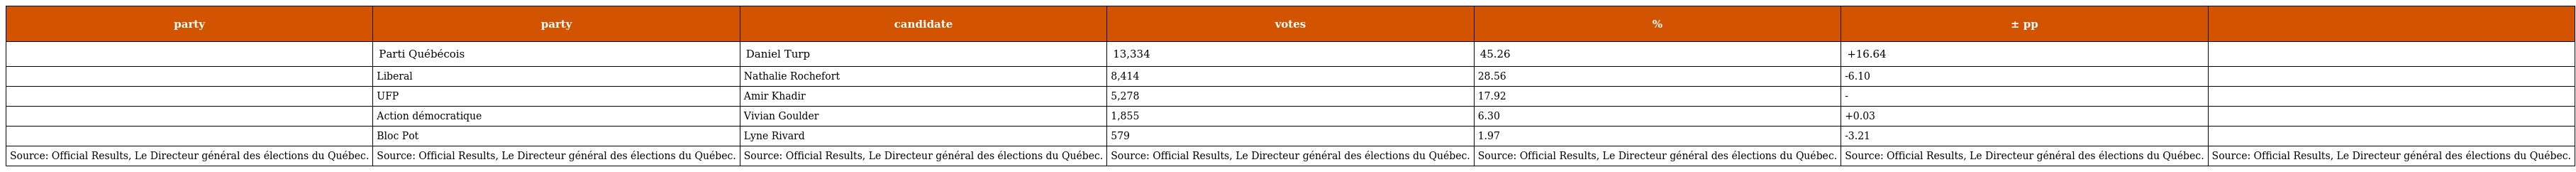
| party | party | candidate | votes | % | ± pp |  |
 | --- | --- | --- | --- | --- | --- | --- |
 |  | Parti Québécois | Daniel Turp | 13,334 | 45.26 | +16.64 |  |
 |  | Liberal | Nathalie Rochefort | 8,414 | 28.56 | -6.10 |  |
 |  | UFP | Amir Khadir | 5,278 | 17.92 | - |  |
 |  | Action démocratique | Vivian Goulder | 1,855 | 6.30 | +0.03 |  |
 |  | Bloc Pot | Lyne Rivard | 579 | 1.97 | -3.21 |  |
 | Source: Official Results, Le Directeur général des élections du Québec. | Source: Official Results, Le Directeur général des élections du Québec. | Source: Official Results, Le Directeur général des élections du Québec. | Source: Official Results, Le Directeur général des élections du Québec. | Source: Official Results, Le Directeur général des élections du Québec. | Source: Official Results, Le Directeur général des élections du Québec. | Source: Official Results, Le Directeur général des élections du Québec. |